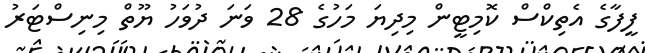
ފީފާގެ އެތިކްސް ކޮމިޓީން މިދިޔަ މަހުގެ 28 ވަނަ ދުވަހު ޔޫތް މިނިސްޓަރު